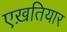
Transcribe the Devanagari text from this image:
एख़तियार